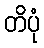
တိပုံ